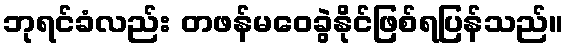
ဘုရင်ခံလည်း တဖန်မဝေခွဲနိုင်ဖြစ်ရပြန်သည်။